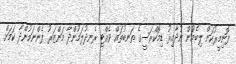
ފޮނިމީރުކަން ލިބެމުން ނުދާއިރު ޑިމޮކްރަސީގެ ތަނބުތައް ވެއްޓި ރެނދުލަމުންދާ މަންޒަރު ފެންނަމުންދާ ކަމަށް